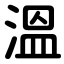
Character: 溫